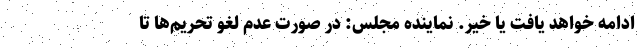
ادامه خواهد یافت یا خیر. نماینده مجلس: در صورت عدم لغو تحریم‌ها تا